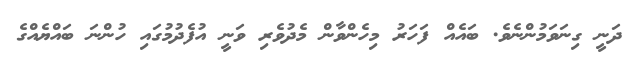
ދަނީ ގިނަވަމުންނެވެ. ބައެއް ފަހަރު މިހެންވާން މެދުވެރި ވަނީ އުފެދުމުގައި ހުންނަ ބައްޔެއްގެ